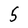
Character: 5